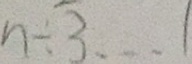
n \div 3 \dot s 1